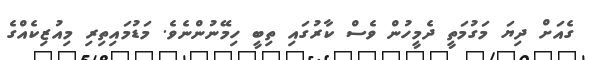
ގެއަށް ދިޔަަ މަގުމަތީ ދެމީހުން ވެސް ކާރުގައި ތިބީ ހިމޭނުންނެވެ. މަޑުމައިތިރި މިއުޒިކެއްގެ